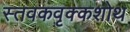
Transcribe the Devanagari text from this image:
स्तवकवृक्कशोथ